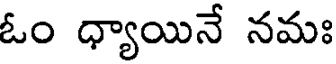
ఓం ధ్యాయినే నమః